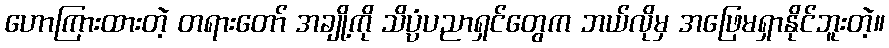
ဟောကြားထားတဲ့ တရားတော် အချို့ကို သိပ္ပံပညာရှင်တွေက ဘယ်လိုမှ အဖြေမရှာနိုင်ဘူးတဲ့။